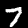
Digit: 7